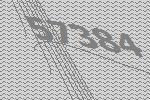
57384